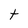
Character: t